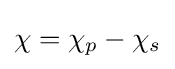
\chi =\chi _{p}-\chi _{s}